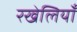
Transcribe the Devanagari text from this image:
रखेलियाँ